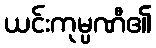
ယင်းကုမ္ပဏီ၏